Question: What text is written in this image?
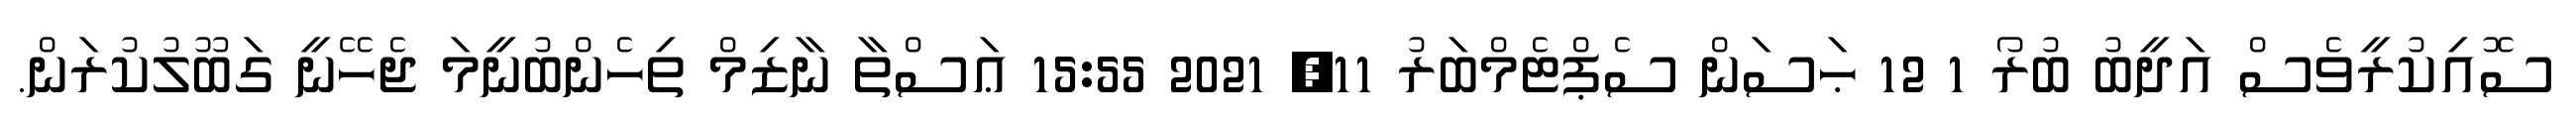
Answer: ސޮއިކުރީވެސް އަދީބު ބުރޯ 1 12 ޙަސަން ސެޕްޓެމްބަރު 11, 2021 15:55 ޢަސްތާ ނާޒިމް ތިހެންބުނީމަ ޖެހޭނީ ގަބޫލުކުރަން.